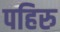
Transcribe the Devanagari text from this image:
पहिरु